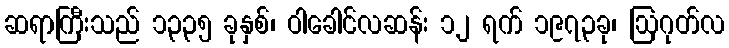
ဆရာကြီးသည် ၁၃၃၅ ခုနှစ်၊ ဝါခေါင်လဆန်း ၁၂ ရက် ၁၉၇၃ခု၊ ဩဂုတ်လ